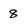
Character: 8